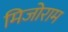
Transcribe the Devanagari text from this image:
मिजोराम